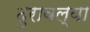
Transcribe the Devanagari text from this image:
दुरावल्या